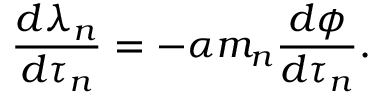
\frac { d \lambda _ { n } } { d \tau _ { n } } = - \alpha m _ { n } \frac { d \phi } { d \tau _ { n } } .